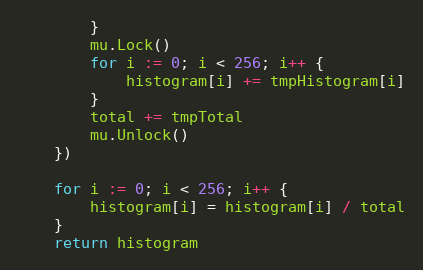
Language: Go
		}
		mu.Lock()
		for i := 0; i < 256; i++ {
			histogram[i] += tmpHistogram[i]
		}
		total += tmpTotal
		mu.Unlock()
	})

	for i := 0; i < 256; i++ {
		histogram[i] = histogram[i] / total
	}
	return histogram